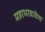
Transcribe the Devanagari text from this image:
महाभावावेश